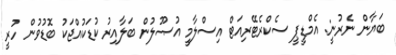
ބަޔާން ނެރުނީ: އެމްޑީޕީ ސެކްރެޓޭރިއަޓް އިސްލާމީ އުޞޫލުން ބަލާއިރު ކުޑަކުއްޖަކު ބޮޑުވުން ހުރީ